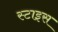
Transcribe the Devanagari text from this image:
स्टाइस